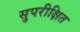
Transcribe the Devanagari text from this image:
सुपरीक्षित